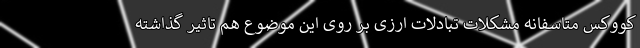
کووکس متاسفانه مشکلات تبادلات ارزی بر روی این موضوع هم تاثیر گذاشته